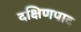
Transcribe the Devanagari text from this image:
दक्षिणपाद